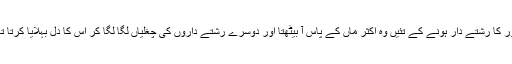
دور کا رشتے دار ہونے کے تئیں وہ اکثر ماں کے پاس آ بیٹھتا اور دوسرے رشتے داروں کی چغلیاں لگا لگا کر اس کا دل بہلایا کرتا تھا۔